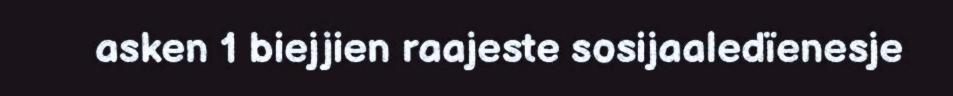
asken 1 biejjien raajeste sosijaaledïenesje